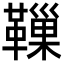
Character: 𩍀